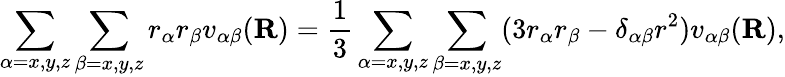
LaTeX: \sum_{\alpha=x,y,z}\sum_{\beta=x,y,z}r_{\alpha}r_{\beta}v_{\alpha\beta}(\mathbf{R})={\frac{1}{3}}\sum_{\alpha=x,y,z}\sum_{\beta=x,y,z}(3r_{\alpha}r_{\beta}-\delta_{\alpha\beta}r^{2})v_{\alpha\beta}(\mathbf{R}),